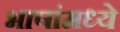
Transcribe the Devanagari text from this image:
भाषांमध्‍ये